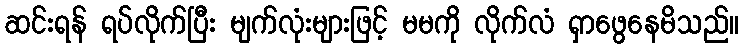
ဆင်းရန် ရပ်လိုက်ပြီး မျက်လုံးများဖြင့် မမကို လိုက်လံ ရှာဖွေနေမိသည်။